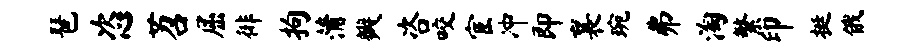
琶恣苕屈徘拘蒲瓣咨咬宦冲即襄琬弗淘繁印挺俄